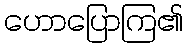
ဟောပြောကြ၏